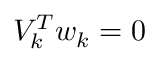
V _ { k } ^ { T } w _ { k } = 0